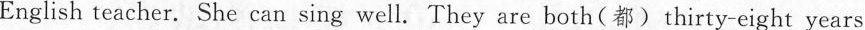
English teacher. She can sing well. They are both(都) thirty-eight years